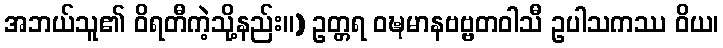
အဘယ်သူ၏ ဝိရတီကဲ့သို့နည်း။) ဥတ္တရ ဝဍ္ဎမာနဗဗ္ဗတဝါသီ ဥပါသကဿ ဝိယ၊